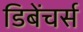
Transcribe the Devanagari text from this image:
डिबेंचर्स